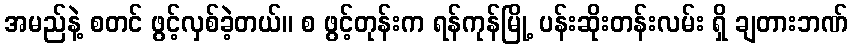
အမည်နဲ့ စတင် ဖွင့်လှစ်ခဲ့တယ်။ စ ဖွင့်တုန်းက ရန်ကုန်မြို့ ပန်းဆိုးတန်းလမ်း ရှိ ချတားဘဏ်